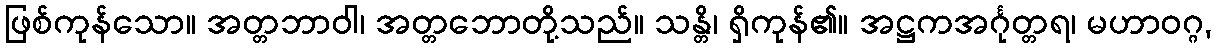
ဖြစ်ကုန်သော။ အတ္တဘာဝါ၊ အတ္တဘောတို့သည်။ သန္တိ၊ ရှိကုန်၏။ အဋ္ဌကအင်္ဂုတ္တရ၊ မဟာဝဂ္ဂ,